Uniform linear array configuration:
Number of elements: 8
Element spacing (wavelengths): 0.25
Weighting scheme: binomial
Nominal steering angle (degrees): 0
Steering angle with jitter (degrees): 1.904
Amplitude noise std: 0.05
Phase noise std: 0.05

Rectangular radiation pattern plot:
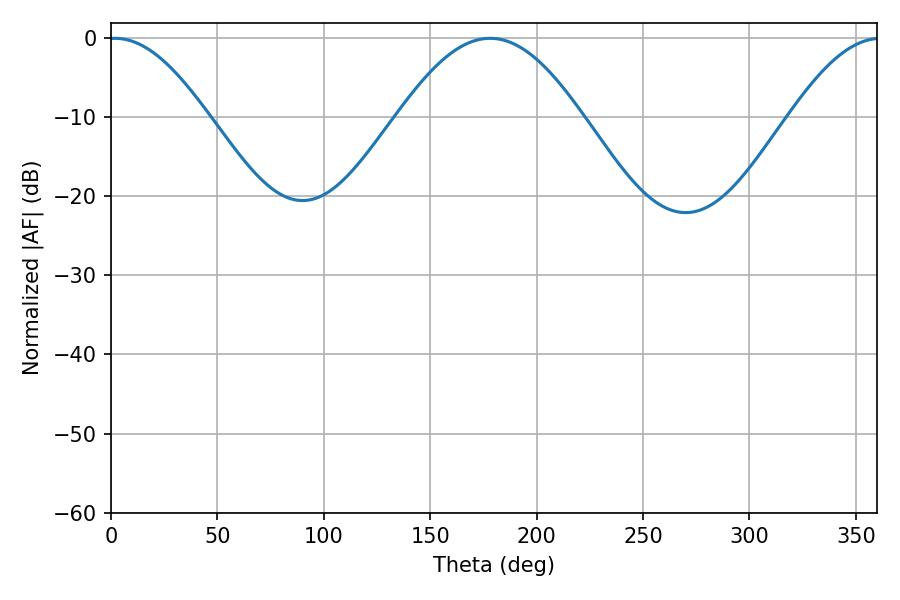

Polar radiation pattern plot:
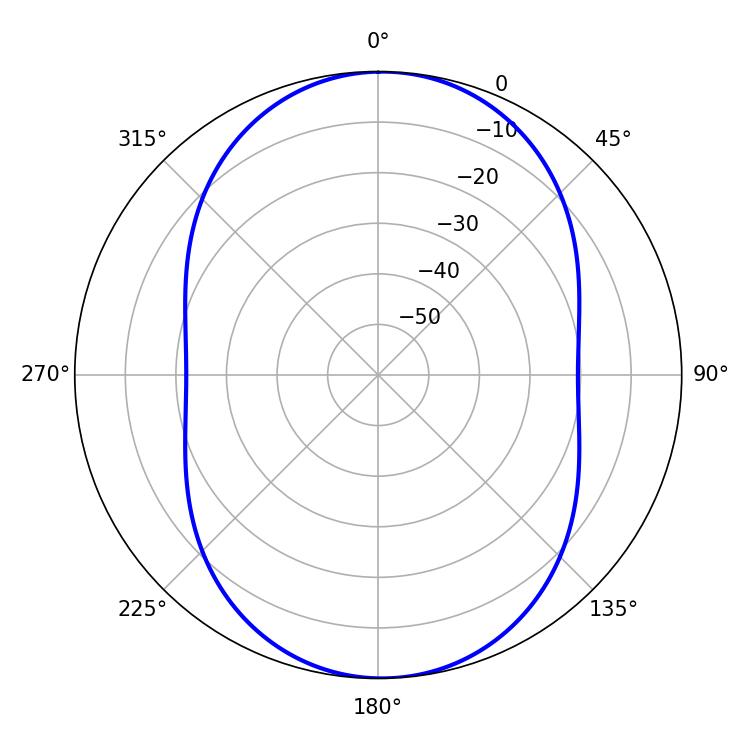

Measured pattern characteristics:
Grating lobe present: FALSE
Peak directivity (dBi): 15.218
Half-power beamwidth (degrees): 25.2
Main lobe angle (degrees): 1.8